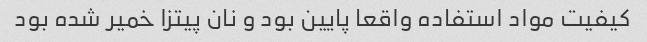
کیفیت مواد استفاده واقعا پایین بود و نان پیتزا خمیر شده بود